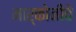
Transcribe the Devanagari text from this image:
मार्कोनीचे